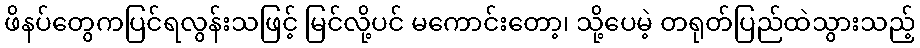
ဖိနပ်တွေကပြင်ရလွန်းသဖြင့် မြင်လို့ပင် မကောင်းတော့၊ သို့ပေမဲ့ တရုတ်ပြည်ထဲသွားသည့်